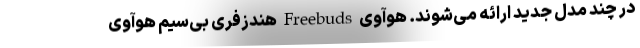
در چند مدل جدید ارائه می‌شوند. هوآوی Freebuds هندزفری بی‌سیم هوآوی